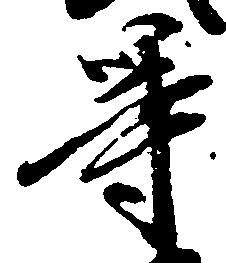
等